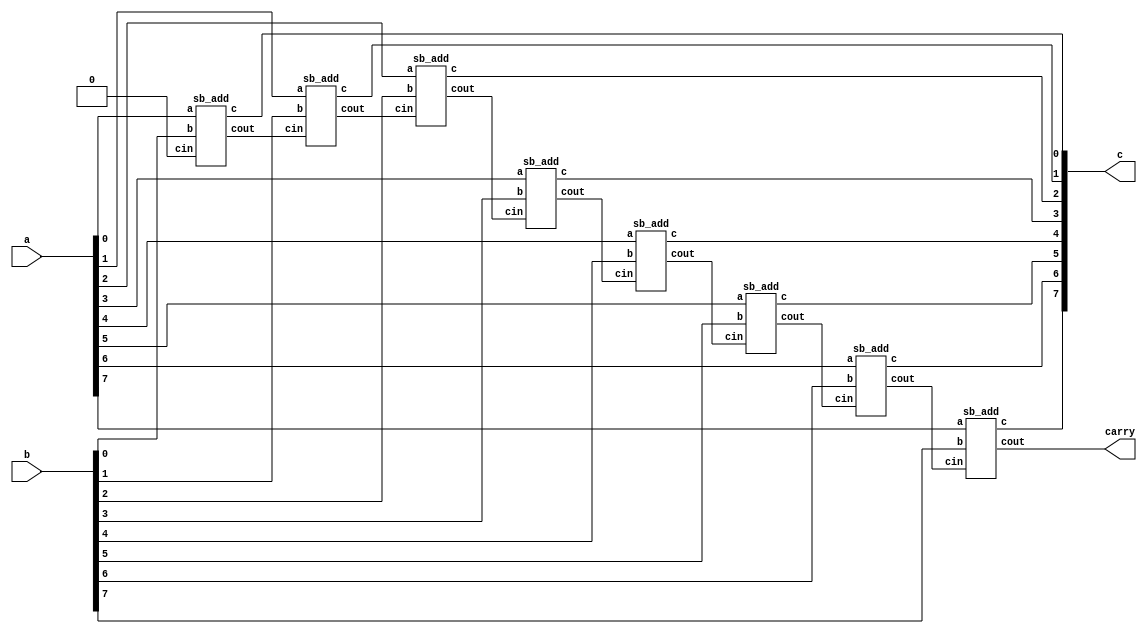
module add(input[7:0] a, b, output[7:0] c, output carry);

  wire[7:0] cout;

  sb_add sba0(
    .a (a[0]),
    .b (b[0]),
    .cin (1'b0),
    .c (c[0]),
    .cout (cout[0])
  );

  sb_add sba1(
    .a (a[1]),
    .b (b[1]),
    .cin (cout[0]),
    .c (c[1]),
    .cout (cout[1])
  );

  sb_add sba2(
    .a (a[2]),
    .b (b[2]),
    .cin (cout[1]),
    .c (c[2]),
    .cout (cout[2])
  );

  sb_add sba3(
    .a (a[3]),
    .b (b[3]),
    .cin (cout[2]),
    .c (c[3]),
    .cout (cout[3])
  );

  sb_add sba4(
    .a (a[4]),
    .b (b[4]),
    .cin (cout[3]),
    .c (c[4]),
    .cout (cout[4])
  );

  sb_add sba5(
    .a (a[5]),
    .b (b[5]),
    .cin (cout[4]),
    .c (c[5]),
    .cout (cout[5])
  );

  sb_add sba6(
    .a (a[6]),
    .b (b[6]),
    .cin (cout[5]),
    .c (c[6]),
    .cout (cout[6])
  );

  sb_add sba7(
    .a (a[7]),
    .b (b[7]),
    .cin (cout[6]),
    .c (c[7]),
    .cout (carry)
  );
endmodule

module sb_add(input a, b, cin, output c, cout);
  assign c = cin ^ (a ^ b);
  assign cout = (cin & (a ^ b)) | (a & b);
endmodule

module subtract(input[7:0] a, b, output[7:0] c, output sign);
  wire[7:0] b_p;
  wire carry;

  add a0(
    .a (~b),
    .b (8'b1),
    .c (b_p),
    .carry (carry)
  );

  add a1(
    .a (a),
    .b (b_p),
    .c (c),
    .carry (sign)
  );
endmodule